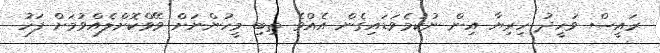
ރައީސް ވަހީދު ހިރިޔާ އިން ނުކުމެވަޑައިގެން އެއްވެ ތިބި މީހުންނަށް ވޭވްކޮށްލެއްވުމަށް ފަހު